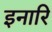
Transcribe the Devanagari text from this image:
इनारि